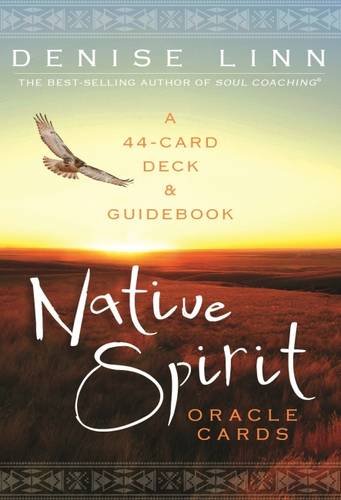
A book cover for Native Spirit Oracle Cards: A 44-Card Deck and Guidebook; Denise Linn; Religion & Spirituality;